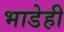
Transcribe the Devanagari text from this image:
भाडेही